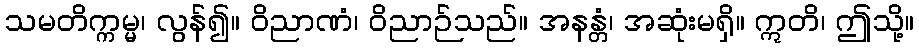
သမတိက္ကမ္မ၊ လွန်၍။ ဝိညာဏံ၊ ဝိညာဉ်သည်။ အနန္တံ၊ အဆုံးမရှိ။ ဣတိ၊ ဤသို့။